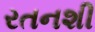
રતનશી